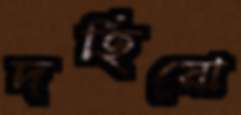
দহিয়ো